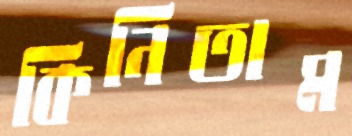
কিনিতাম